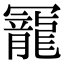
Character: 𠖥